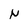
Character: N